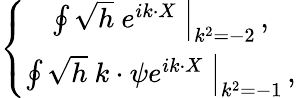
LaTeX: \left\{ \begin{array}{c}{{\left.\oint\sqrt{h}\ e^{ik\cdot X}\ \right|_{k^{2}=-2}\, ,}}\\ {{\left.\oint\sqrt{h}\ k\cdot\psi e^{ik\cdot X}\ \right|_{k^{2}=-1}\, ,}}\end{array}\right.